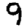
Digit: 9